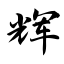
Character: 辉